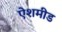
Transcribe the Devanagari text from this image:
ऐशमीड